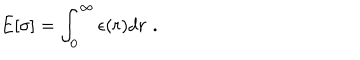
E [ \sigma ] = \int _ { 0 } ^ { \infty } \epsilon ( r ) d r \, \, .